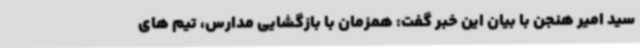
سید امیر هنجن با بیان این خبر گفت: همزمان با بازگشایی مدارس، تیم های